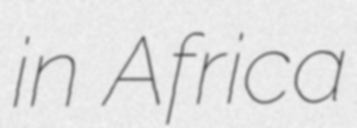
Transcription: in Africa